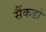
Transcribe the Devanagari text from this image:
सैंकडो